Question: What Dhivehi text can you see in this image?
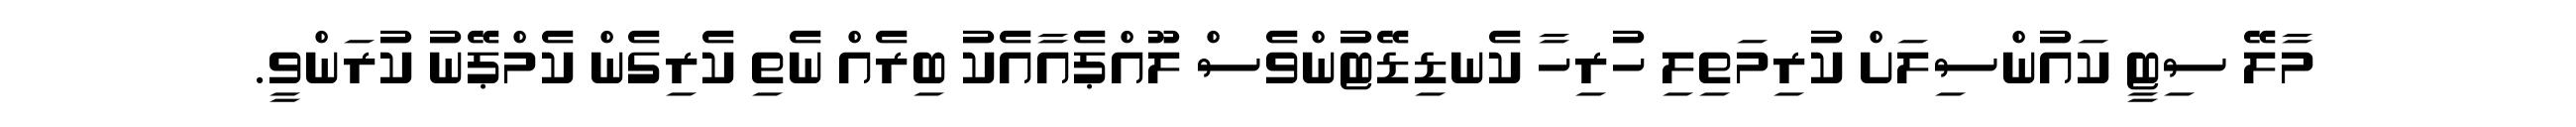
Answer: މާލޭ ސިޓީ ކައުންސިލަށް ކުރިމަތިލި ހުރިހާ ކެނޑިޑޭޓުންވެސް ލޫއްޕެއާއެކު ބިރެއް ނެތި ކެރިގެން ކެމްޕޭނު ކުރަންވީ.